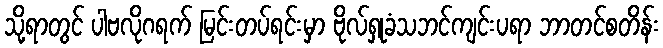
သို့ရာတွင် ပါဗလိုဂရက် မြင်းတပ်ရင်းမှာ ဗိုလ်ရှုခံသဘင်ကျင်းပရာ ဘာတင်စတိန်း